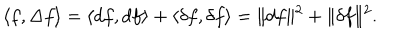
LaTeX: \langle f , \Delta f \rangle = \langle d f , d f \rangle + \langle \delta f , \delta f \rangle = \| d f \| ^ { 2 } + \| \delta f \| ^ { 2 } .